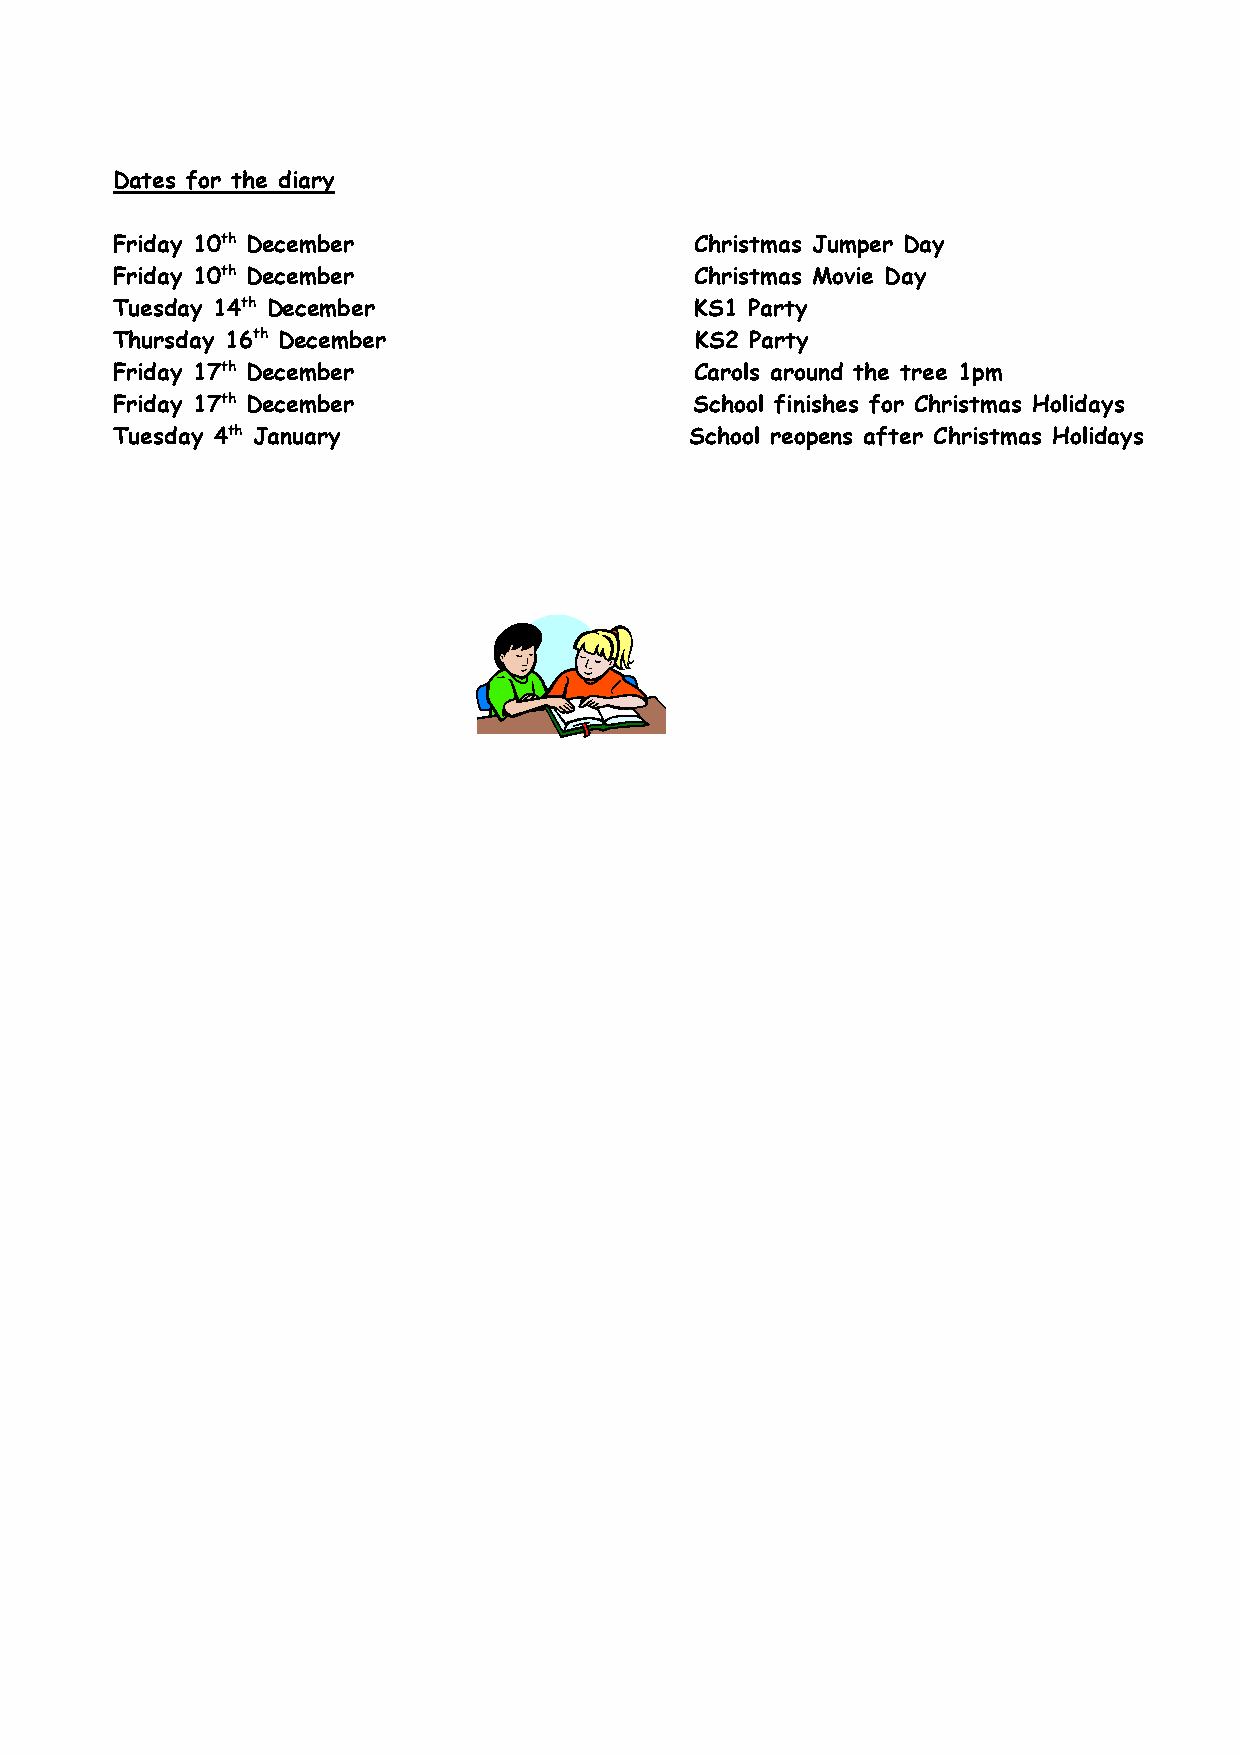
Dates for the diary
 Friday 10th December                   Christmas Jumper Day
 Friday 10th December                   Christmas Movie Day
 Tuesday 14th December                  KS1 Party
 Thursday 16th December                 KS2 Party
 Friday 17th December                   Carols around the tree 1pm
 Friday 17th December                   School finishes for Christmas Holidays
 Tuesday 4th January                    School reopens after Christmas Holidays